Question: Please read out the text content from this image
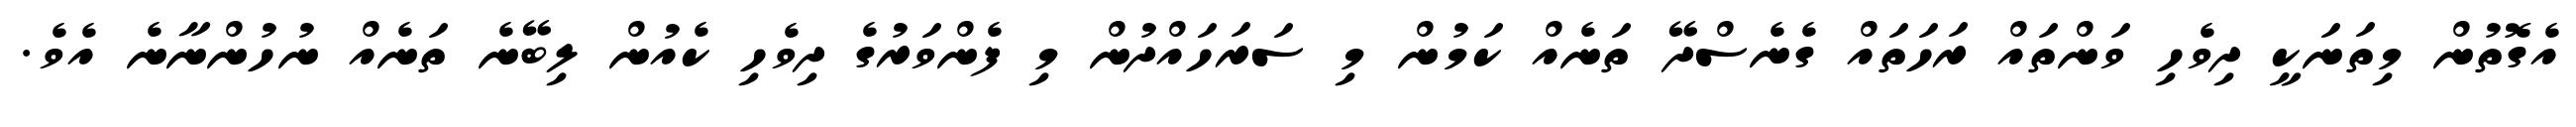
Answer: އެގޮތުން މިތަނަކީ ދިވެހި ވަންތައް ރަހަތައް ގެނެސްދޭ ތަނެއް ކަމުން މި ސަރަހައްދުން މި ފެންވަރުގެ ދިވެހި ކެއުން ލިބޭނެ ތަނެއް ނުހުންނާނެ އެވެ.